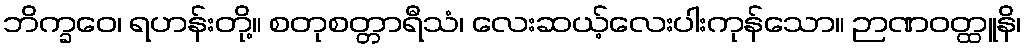
ဘိက္ခဝေ၊ ရဟန်းတို့။ စတုစတ္တာရီသံ၊ လေးဆယ့်လေးပါးကုန်သော။ ဉာဏဝတ္ထူနိ၊